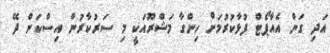
އަދި ގަން އެއާޕޯޓް ފުޅާކުރުމަށް ހިންގާ މަޝްރޫއަކީ މި ސަރުކާރުން އިސްކަން ދޭ